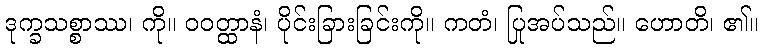
ဒုက္ခသစ္စာဿ၊ ကို။ ဝဝတ္ထာနံ၊ ပိုင်းခြားခြင်းကို။ ကတံ၊ ပြုအပ်သည်။ ဟောတိ၊ ၏။